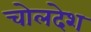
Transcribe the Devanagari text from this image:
चोलदेश